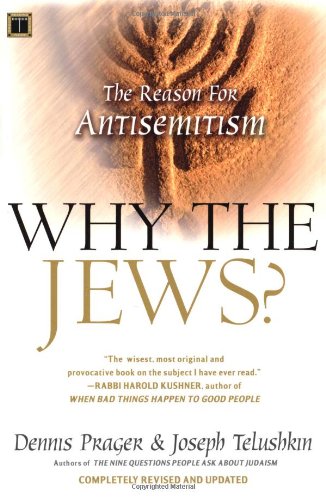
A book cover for Why the Jews?: The Reason for Antisemitism; Dennis Prager; Religion & Spirituality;